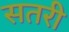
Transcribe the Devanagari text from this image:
सतरी